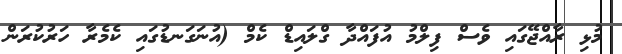
މުޅި ރާއްޖޭގައި ވެސް ފިލްމު އުފައްދާ ގްލައިޑް ކެމް (އުނަގަނޑުގައި ކެމެރާ ހަރުކުރަން